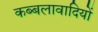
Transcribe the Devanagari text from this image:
कब्बलावादियों